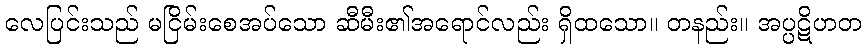
လေပြင်းသည် မငြိမ်းစေအပ်သော ဆီမီး၏အရောင်လည်း ရှိထသော။ တနည်း။ အပ္ပဋိဟတ